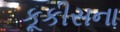
કૂકીસના